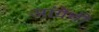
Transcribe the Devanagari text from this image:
आंग्रेंची